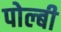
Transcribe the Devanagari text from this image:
पोल्बी